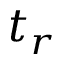
t _ { r }